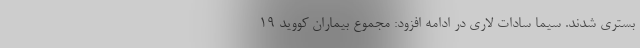
بستری شدند. سیما سادات لاری در ادامه افزود: مجموع بیماران کووید 19